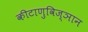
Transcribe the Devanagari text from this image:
कीटाणुविज्ञान